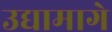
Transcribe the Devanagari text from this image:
उद्यामागे